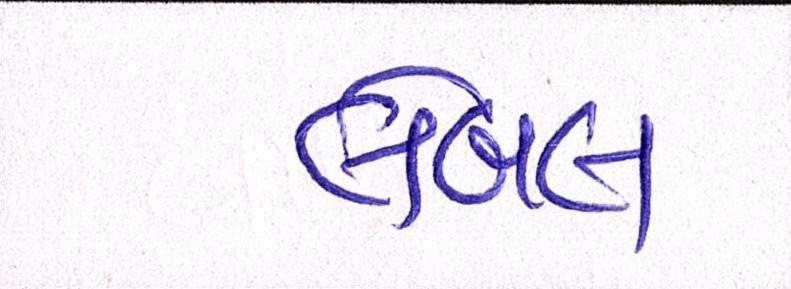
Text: લેબલ